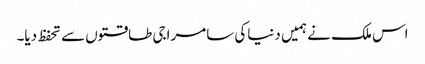
اس ملک نے ہمیں دنیاکی سامراجی طاقتوں سے تحفظ دیا۔